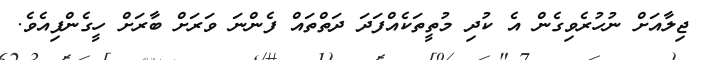
ޖިލާއަށް ނުހުރެވިގެން އެ ކުދި މުތީތަކެއްފަދަ ދަތްތައް ފެންނަ ވަރަށް ބާރަށް ހީގެންފިއެވެ.